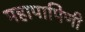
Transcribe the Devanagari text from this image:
महापापिणी